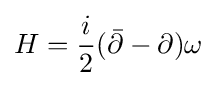
H={\frac {i}{2}}({\bar {\partial }}-\partial )\omega